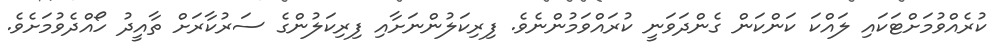
ކުރެއްވުމަށްޓަކައި ލައްކަ ކަންކަން ގެންދަވަނީ ކުރައްވަމުންނެވެ. ފިރިކަލުންނަށާއި ފިރިކަލުންގެ ސަރުކާރަށް ތާއީދު ހޯއްދެވުމަށެވެ.